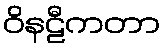
ဝိနဠီကတာ